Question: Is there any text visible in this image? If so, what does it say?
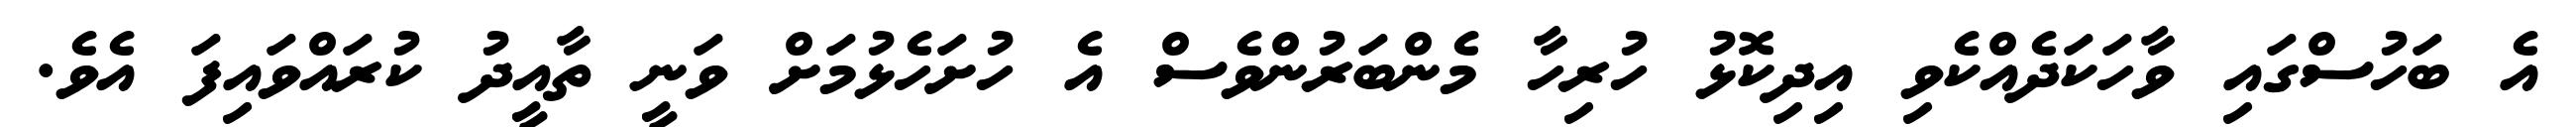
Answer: އެ ބަހުސްގައި ވާހަކަދެއްކެވި އިދިކޮޅު ހުރިހާ މެންބަރުންވެސް އެ ހުށަހެޅުމަށް ވަނީ ތާއީދު ކުރައްވައިފަ އެވެ.